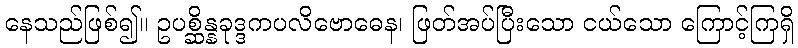
နေသည်ဖြစ်၍။ ဥပစ္ဆိန္နခုဒ္ဒကပလိဗောဓေန၊ ဖြတ်အပ်ပြီးသော ငယ်သော ကြောင့်ကြရှိ